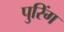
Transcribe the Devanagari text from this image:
पुरिंग